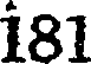
181